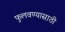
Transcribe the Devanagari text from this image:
फुलवण्यासाठी